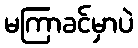
မကြာခင်မှာပဲ